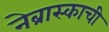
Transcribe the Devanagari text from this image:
नेब्रास्काची